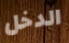
الدخل